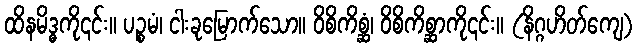
ထိနမိဒ္ဓကို၎င်း။ ပဉ္စမံ၊ ငါးခုမြောက်သော။ ဝိစိကိစ္ဆံ၊ ဝိစိကိစ္ဆာကို၎င်း။ (နိဂ္ဂဟိတ်ကျေ)